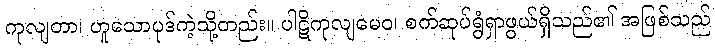
ကုလျတာ၊ ဟူသောပုဒ်ကဲ့သို့တည်း။ ပါဋိကုလျမေဝ၊ စက်ဆုပ်ရွံရှာဖွယ်ရှိသည်၏ အဖြစ်သည်